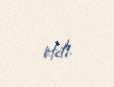
etdi.